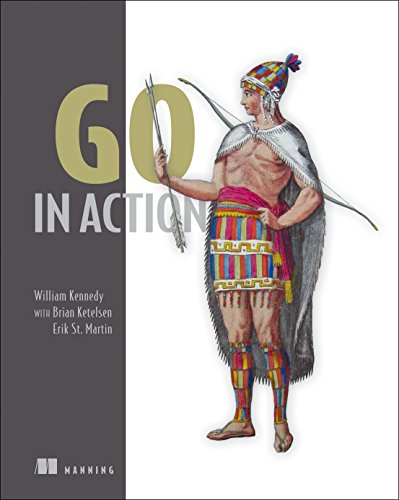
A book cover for Go in Action; William Kennedy; Computers & Technology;